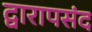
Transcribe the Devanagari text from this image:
द्वारापसंद